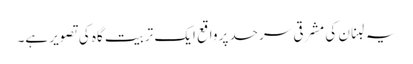
یہ لبنان کی مشرقی سرحد پر واقع ایک تربیت گاہ کی تصویر ہے۔